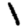
Digit: 1